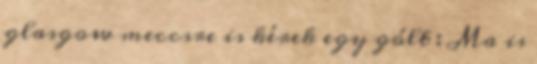
glasgow meccsre is kérek egy gólt : Ma is